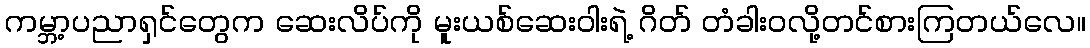
ကမ္ဘာ့ပညာရှင်တွေက ဆေးလိပ်ကို မူးယစ်ဆေးဝါးရဲ့ ဂိတ် တံခါးဝလို့တင်စားကြတယ်လေ။